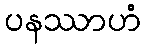
ပနဿာဟံ